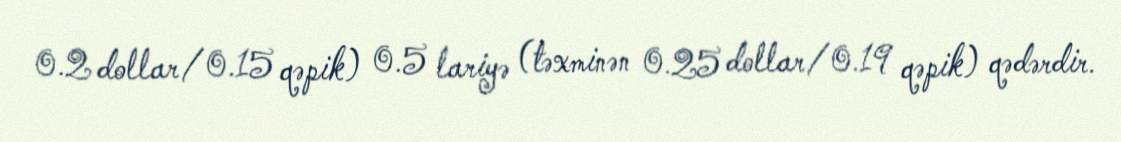
0.2 dollar/0.15 qəpik) 0.5 lariyə (təxminən 0.25 dollar/0.19 qəpik) qədərdir.